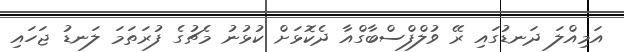
އަމިއްލަ ދަނޑުގައި ރޭ ވުލްފްސްބާގްއާ ދެކޮޅަށް ކުޅުނު މެޗުގެ ފުރަތަމަ ލަނޑު ޖަހައި